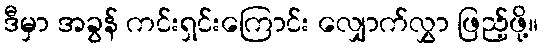
ဒီမှာ အခွန် ကင်းရှင်းကြောင်း လျှောက်လွှာ ဖြည့်ဖို့။